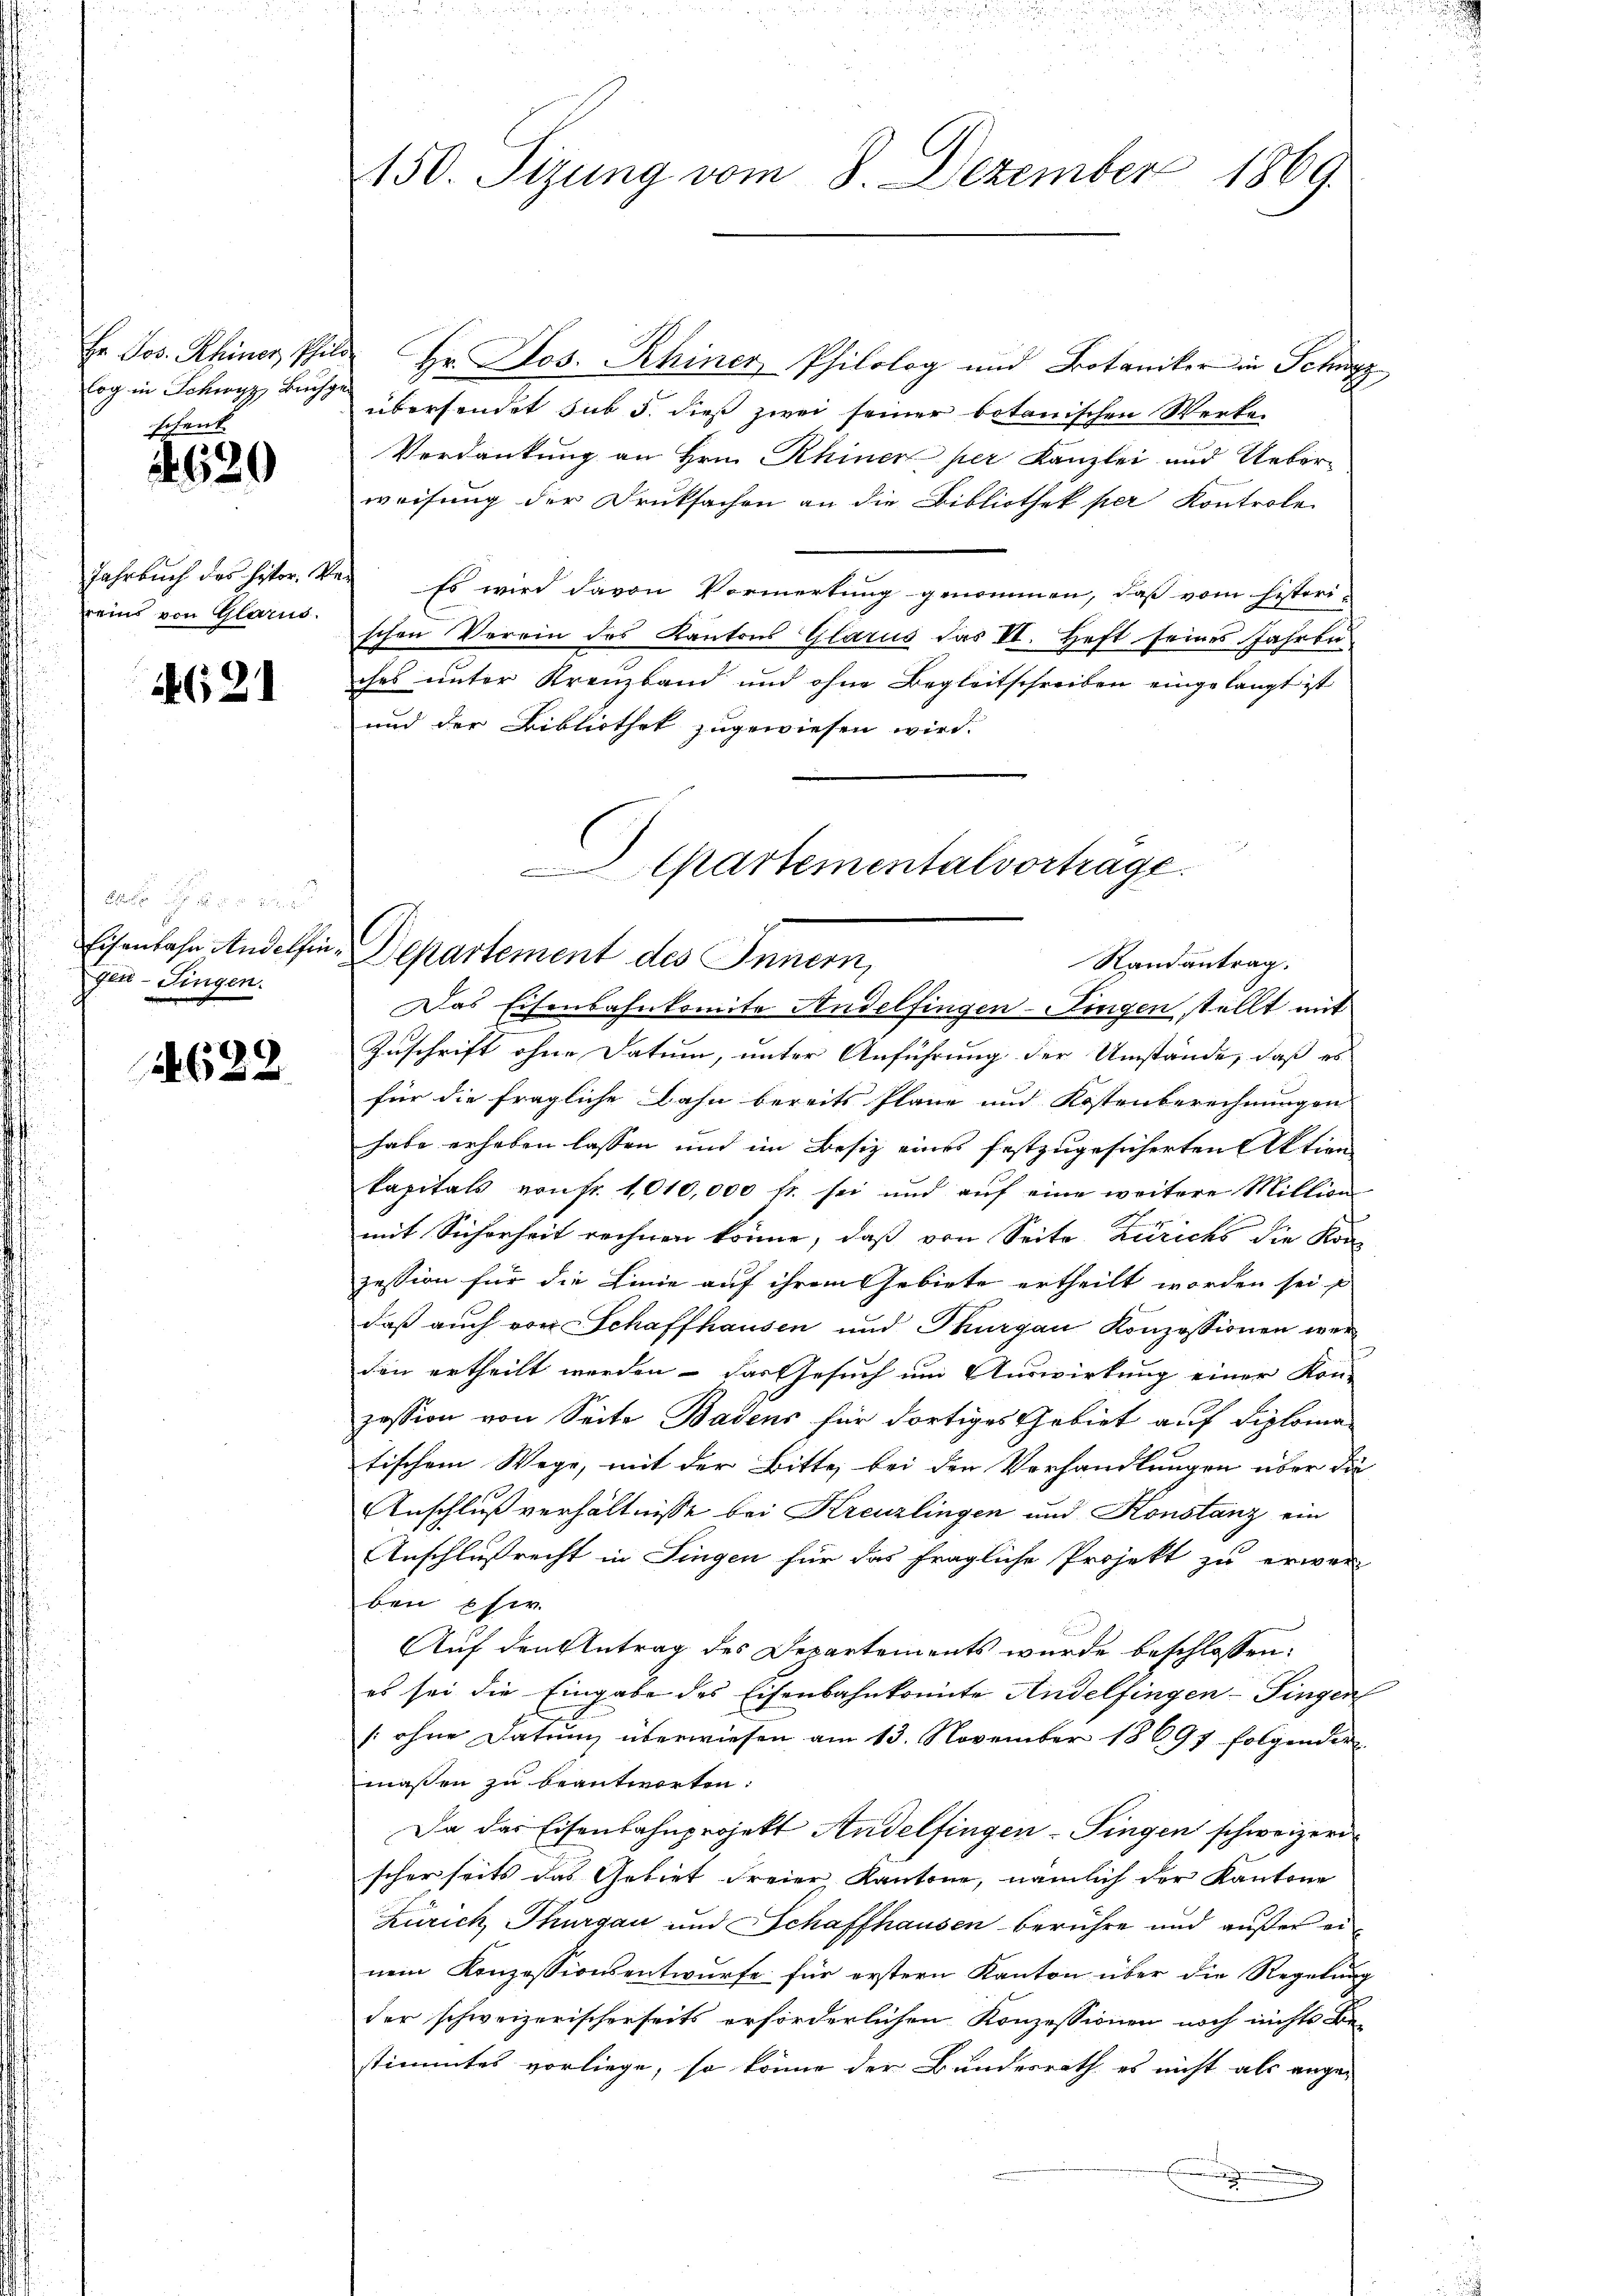
Er Jos. Rhiner Phil
log in Schwyz, Buchg
schenk.

620

Jahrbuch des histor. M.
reins von Glarus.

4621

Eisenbahn Andelfin
Gen-Singen.

2622

150. Sizung vom 8. Dezember 1869.

Hr. Jos. Rhiner Philolog und Botaniker in Schwyz
übersendet sub 5. dieß zwei seiner botanischen Werken
Verdankung an Hrn. Rhiner per Kanzlei und Ueber-
weisung der Druksachen an die Bibliothek per Kontrole
 Es wird davon Vormerkung genommen, daß vom histori-
schen Verein des Kantons Glarus das VI. Heft seines Jahren
ches unter Kreuzband und ohne Begleitschreiben eingelangt ist
und der Bibliothek zugewiesen wird.

Chartementalvortrage.
Departement des Innern,
Randantrag.

Das Eisenbahnkomite Andelfingeningen stellt mit
Zuschrift ohne Datum, unter Anführung der Umstände, daß es
für die fragliche Bahn bereits Pläne und Kostenberechnungen
habe erheben lassen und im Besiz eines festzugesicherten Aktion
kapitals von Fr. 1010,000 fr sei und auf eine weitere Million
mit Sicherheit rechnen könne, daß von Seite Zürichs die Kon-
zession für die Linie auf ihrem Gebiete ertheilt worden sei
daß auch von Schaffhausen und Thurgau Konzessionen werden ertheilt werden – das Gesuch um Auswirkung einer Kon-
zession von Seite Badens für dortiges Gebiet auf Diploma
tischem Wege, mit der Bitte bei der Verhandlungen über die
Anschluß verhältnisse bei Kreuzlingen und Konstanz ein
Anschlußrecht in Fingen für das fragliche Projekt zu erwar-
ben Ehe.
Auf den Antrag des Departements wurde beschlossen:
es sei die Eingabe des Eisenbahnkomite Andelfingen- Fingen
[ohne Datum überwiesen am 13. November 18697 folgender
maßen zu beantworten:
Da das Eisenbahnprojekt Andelfingen-Fingen schweizern
scherseits das Gebiet freier Kantone, nämlich der Kantone
Zürich, Thurgau und Schaffhausen berühre und außer einem Konzessionsentwurfe für erstern Kanton über die Regelung
der schweizerischerseits erforderlichen Konzessionen noch nichts Be-
stimmtes vorliege, so könne der Bundesrath es nicht als ange-
n